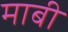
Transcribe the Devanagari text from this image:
माबी